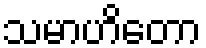
သမာဟိတော